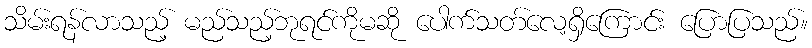
သိမ်းရန်လာသည့် မည်သည့်ဘုရင်ကိုမဆို ပေါက်သတ်လေ့ရှိကြောင်း ပြောပြသည်။